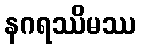
နဂရဿိမဿ